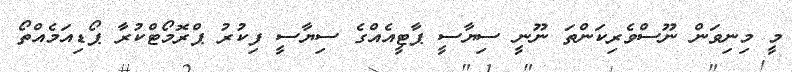
މީ މިނިވަން ނޫސްވެރިކަންތަ ނޫނީ ސިޔާސީ ޕާޓީއެއްގެ ސިޔާސީ ފިކުރު ޕްރޮމޯޓްކުރާ ޕޯޑިއަމެއްތޯ